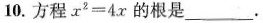
10.方程$$x ^ { 2 } = 4 x$$的根是___.